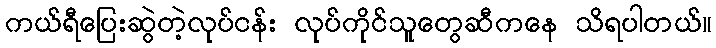
ကယ်ရီပြေးဆွဲတဲ့လုပ်ငန်း လုပ်ကိုင်သူတွေဆီကနေ သိရပါတယ်။